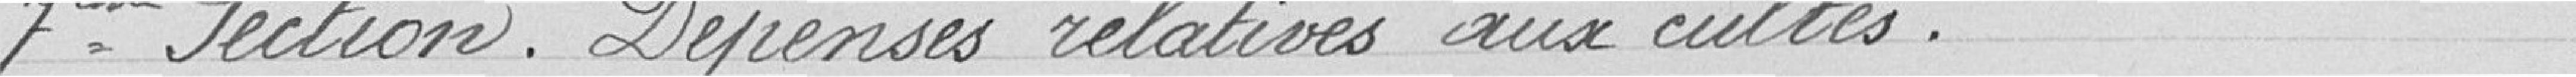
7ème Section. Dépenses relatives aux cultes.